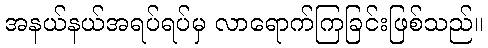
အနယ်နယ်အရပ်ရပ်မှ လာရောက်ကြခြင်းဖြစ်သည်။